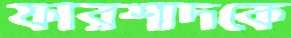
ফারশাদকে